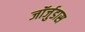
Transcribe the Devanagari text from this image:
जॉर्जुडास